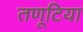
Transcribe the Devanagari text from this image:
तणूटिया